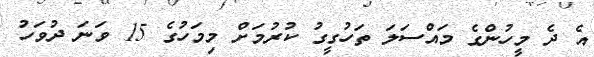
އެ ދެ މީހުންގެ މައްސަލަ ތަހުގީގު ކުރުމަށް މިމަހުގެ 15 ވަނަ ދުވަހު